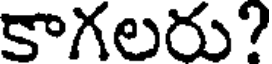
కాగలరు?